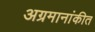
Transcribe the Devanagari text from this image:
अग्रमानांकीत